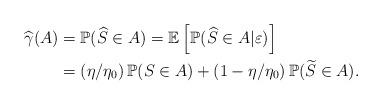
LaTeX: \begin{align*}\begin{aligned}\widehat{\gamma}(A) & = \mathbb{P} ( \widehat{S} \in A ) = \mathbb{E} \left[ \mathbb{P} ( \widehat{S} \in A | \varepsilon ) \right] \\ & = \left( \eta/ \eta_0 \right) \mathbb{P} ( S \in A) + \left( 1- \eta/ \eta_0 \right) \mathbb{P} ( \widetilde{S} \in A).\end{aligned}\end{align*}